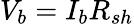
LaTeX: V_{b}=I_{b}R_{sh}